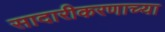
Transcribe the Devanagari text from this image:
सादारीकरणाच्या